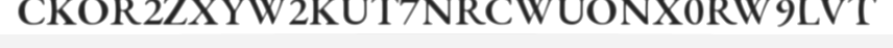
CKOR2ZXYW2KUT7NRCWUONX0RW9LVT